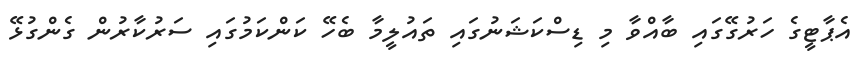
އެޕާޓީގެ ހަރުގޭގައި ބާއްވާ މި ޑިސްކަޝަނުގައި ތައުލީމާ ބެހޭ ކަންކަމުގައި ސަރުކާރުން ގެންގުޅޭ